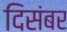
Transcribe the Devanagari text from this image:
दिसंबर